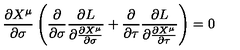
\frac { \partial X ^ { \mu } } { \partial \sigma } \left( \frac { \partial } { \partial \sigma } \frac { \partial L } { \partial \frac { \partial X ^ { \mu } } { \partial \sigma } } + \frac { \partial } { \partial \tau } \frac { \partial L } { \partial \frac { \partial X ^ { \mu } } { \partial \tau } } \right) = 0